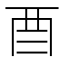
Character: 𮠕